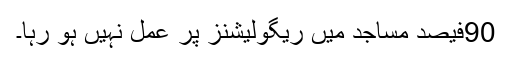
90فیصد مساجد میں ریگولیشنز پر عمل نہیں ہو رہا۔